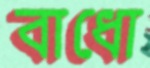
বাধো